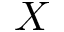
\boldsymbol { X }